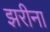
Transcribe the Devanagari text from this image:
झरीना